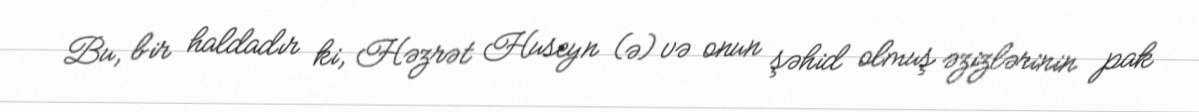
Bu, bir haldadır ki, Həzrət Huseyn (ə) və onun şəhid olmuş əzizlərinin pak